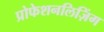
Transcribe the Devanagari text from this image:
प्रोफेशनलिज़िंग